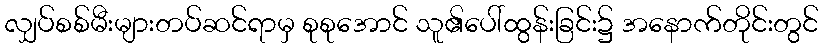
လျှပ်စစ်မီးများတပ်ဆင်ရာမှ စုစုအောင် သူ၏ပေါ်ထွန်းခြင်း၌ အနောက်တိုင်းတွင်